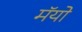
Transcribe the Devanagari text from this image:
मॅयो